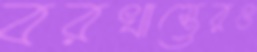
বরখাস্তেরও